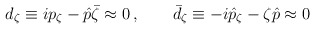
\begin{align*}d_\zeta\equiv ip_\zeta-\hat p\bar\zeta\approx 0\, ,\qquad\bar d_\zeta\equiv -i\hat p_\zeta-\zeta\hat p \approx 0\end{align*}